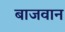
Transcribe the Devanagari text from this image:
बाजवान